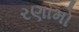
રણામો